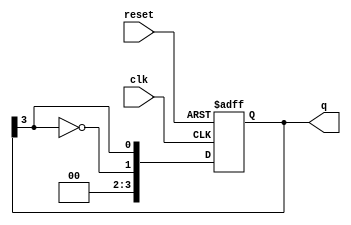
module johnson_counter #(parameter n = 4) (
    input wire clk,          // Clock signal
    input wire reset,        // Asynchronous reset
    output reg [n-1:0] q     // Counter output
);
    
    // Internal signal for feedback
    wire feedback;

    // Feedback is the inverted output of the last flip-flop
    assign feedback = ~q[n-1];

    // Sequential logic for the Johnson counter
    always @(posedge clk or posedge reset) begin
        if (reset) begin
            // Asynchronous reset
            q <= 0;
        end else begin
            // Shift logic for Johnson counter
            q <= {feedback, q[n-1:n-1]};
        end
    end

endmodule